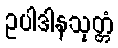
ဥပါဒါနသုတ္တံ